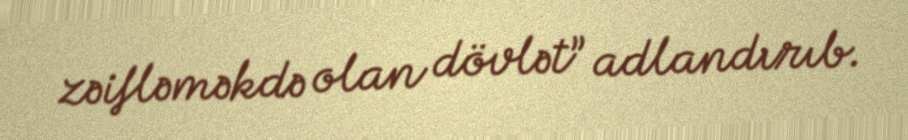
zəifləməkdə olan dövlət” adlandırıb.